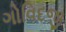
ગોવિદજી